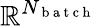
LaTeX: \mathbb{R}^{N_{\mathrm{~b~a~t~c~h~}}}